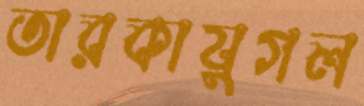
তারকাযুগল